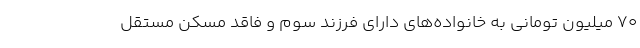
۷۰ میلیون تومانی به خانواده‌های دارای فرزند سوم و فاقد مسکن مستقل